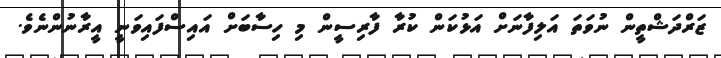
ޒަރްދަޝްތީން ނުވަތަ އަލިފާނަށް އަޅުކަން ކުރާ ފާރިސީން މި ހިސާބަށް އައިސްފައިވަނީ އީރާނުންނެވެ.